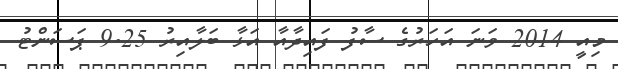
މިއީ 2014 ވަނަ އަހަރުގެ ސާފު ފައިދާއާ އަޅާ ބަލާއިރު 9.25 ޕަސަންޓު